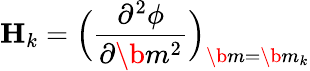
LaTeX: \mathbf{H}_{k}=\Big(\frac{\partial^{2}\phi}{\partial\b{m}^{2}}\Big)_{\b{m}=\b{m}_{k}}